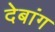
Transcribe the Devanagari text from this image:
देबांग